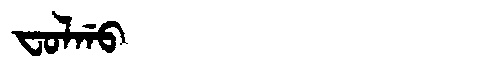
Manchu: ᠸᠣᠯᡤᠣ
Romanization: FOLGO